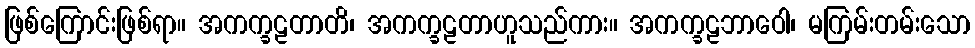
ဖြစ်ကြောင်းဖြစ်ရာ။ အကက္ခဠတာတိ၊ အကက္ခဠတာဟူသည်ကား။ အကက္ခဠဘာဝေါ၊ မကြမ်းတမ်းသော